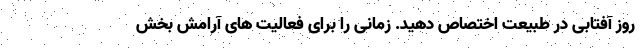
روز آفتابی در طبیعت اختصاص دهید. زمانی را برای فعالیت های آرامش بخش